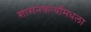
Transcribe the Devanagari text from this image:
शासनकर्त्यांमधला